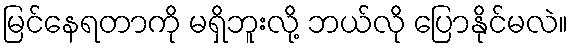
မြင်နေရတာကို မရှိဘူးလို့ ဘယ်လို ပြောနိုင်မလဲ။